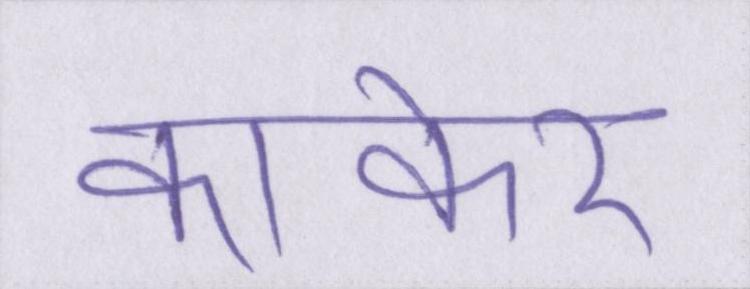
कांकेर